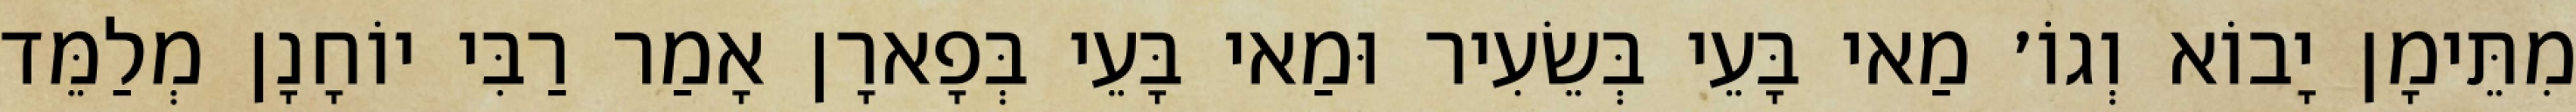
מִתֵּימָן יָבוֹא וְגוֹ׳ מַאי בָּעֵי בְּשֵׂעִיר וּמַאי בָּעֵי בְּפָארָן אָמַר רַבִּי יוֹחָנָן מְלַמֵּד